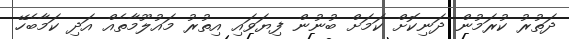
ދަތުރު ކުރަމުން ދަނިކޮށް ކަމަށް ބުނުން ފިޔަވައި އިތުރު މައުލޫމާތެއް އަދި ކަމާބެހޭ